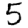
Digit: 5